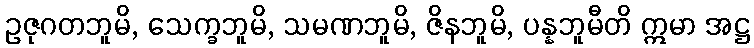
ဥဇုဂတဘူမိ, သေက္ခဘူမိ, သမဏဘူမိ, ဇိနဘူမိ, ပန္နဘူမီတိ ဣမာ အဋ္ဌ